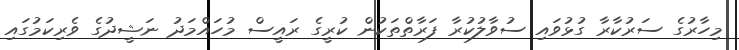
މިހާރުގެ ސަރުކާރާ ގުޅުވައި ސުވާލުކުރާ ފަރާތްތަކުން ކުރީގެ ރައީސް މުހައްމަދު ނަޝީދުގެ ވެރިކަމުގައި